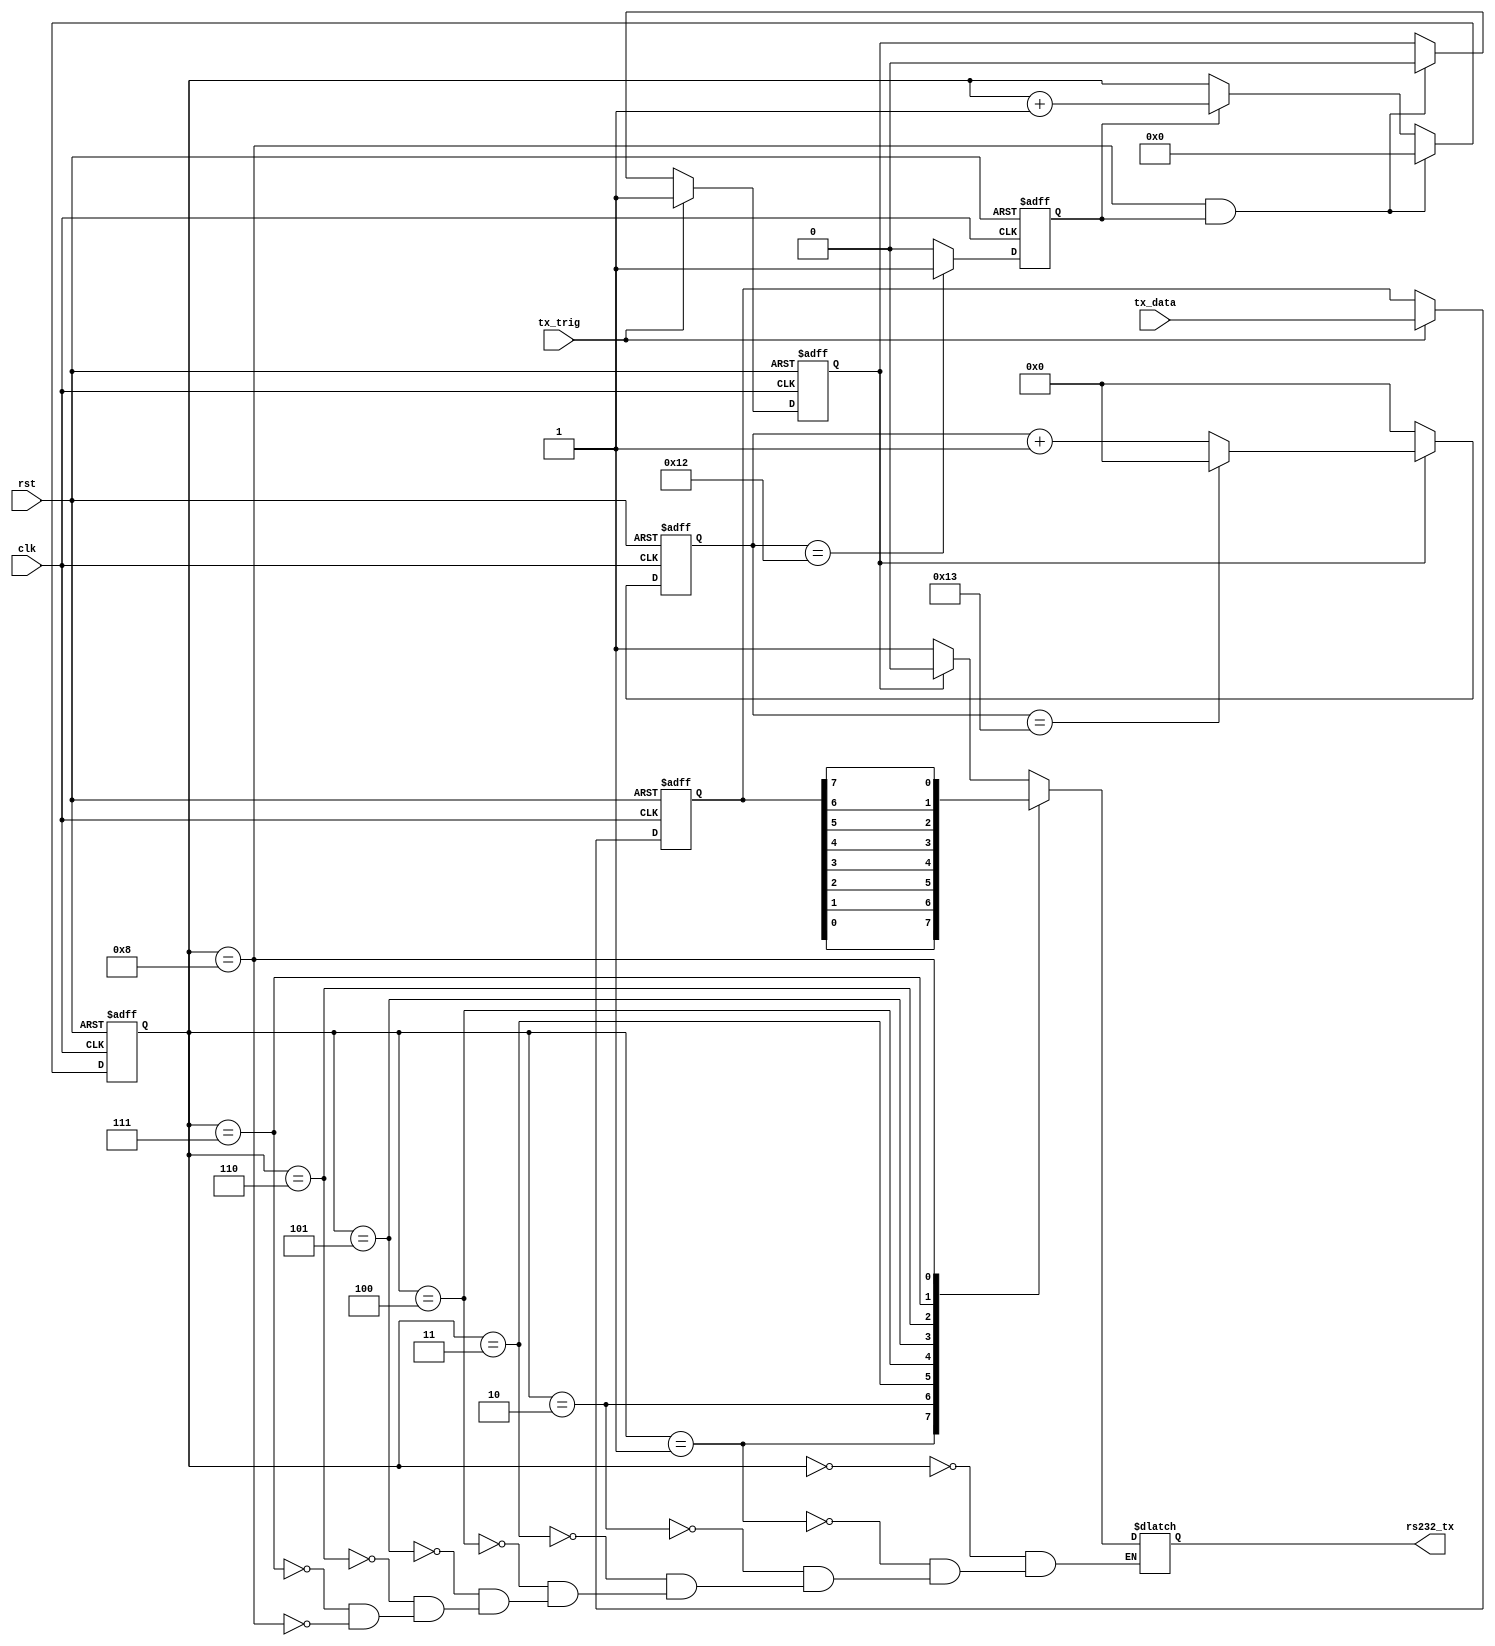
`define     SIM 
module uart_tx#(
    parameter FREQUENCY = 50,   // 50 Mhz
    parameter BAUD_RATE = 9600       // bo te lv
)
(
    input               clk,
    input               rst,
    input               tx_trig,
    input    [7:0]      tx_data,
    
    output   reg        rs232_tx
);
`ifndef SIM
    parameter       BAND_CNT = (1/BAUD_RATE) * 1000000000000 / FREQUENCY ; 
`else
    parameter       BAND_CNT = 20 ;
`endif

    reg    [7:0]         tx_data_save;
    reg                  tx_flag;
    reg    [31:0]        band_cnt;
    
    reg                  bit_flag;
    reg    [3:0]         bit_cnt;   

    always @(posedge clk or posedge rst) begin
        if (rst)
            tx_data_save <= 7'd0 ;
        else if(tx_trig)
            tx_data_save <= tx_data;
    end

    always @(posedge clk or posedge rst) begin
        if (rst)
            tx_flag <= 0 ; 
        else if(tx_trig)
            tx_flag <= 1;
        else if( (bit_cnt == 8) && (bit_flag) )
            tx_flag <= 0;
    end

    always @(posedge clk or posedge rst) begin
        if(rst)
            band_cnt <= 0;
        else if(tx_flag) begin
            if( band_cnt == BAND_CNT - 1)
                band_cnt <= 0;
            else
                band_cnt <= band_cnt + 1;
        end
        else
            band_cnt <= 0; 
    end

    always @(posedge clk or posedge rst) begin
        if(rst)
            bit_flag <= 0;
        else if( band_cnt == BAND_CNT - 2)
            bit_flag <= 1;
        else
            bit_flag <= 0; 
    end

    always @(posedge clk or posedge rst) begin
        if(rst)
            bit_cnt <= 0;
        else if(bit_flag && (bit_cnt == 'd8))
            bit_cnt <= 0;
        else if(bit_flag ) 
            bit_cnt = bit_cnt + 1;
    end

    always @(*) begin
        case (bit_cnt)
            0 : rs232_tx = tx_flag ? 0 : 1 ;
            1 : rs232_tx = tx_data_save[0];
            2 : rs232_tx = tx_data_save[1];
            3 : rs232_tx = tx_data_save[2];
            4 : rs232_tx = tx_data_save[3];
            5 : rs232_tx = tx_data_save[4];
            6 : rs232_tx = tx_data_save[5];
            7 : rs232_tx = tx_data_save[6];
            8 : rs232_tx = tx_data_save[7];
        endcase
    end
endmodule